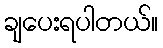
ချပေးရပါတယ်။